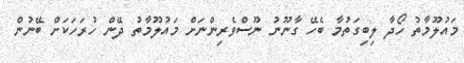
މައުލޫމާތު ހޯދާ ލިބިގަތުމާ ބެހޭ ގާނޫނު ނޫސްވެރިންނަށް މައުލޫމާތު ދޭން ހުރަހަކަށް ބޭނުން